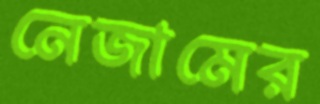
নেজামের